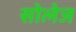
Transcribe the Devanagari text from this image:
सोलेज